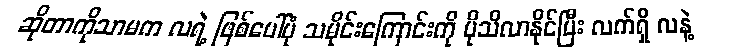
ဆိုတာကိုသာမက လရဲ့ ဖြစ်ပေါ်ပုံ သမိုင်းကြောင်းကို ပိုသိလာနိုင်ပြီး လက်ရှိ လနဲ့